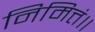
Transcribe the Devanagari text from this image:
निमित्तं॥